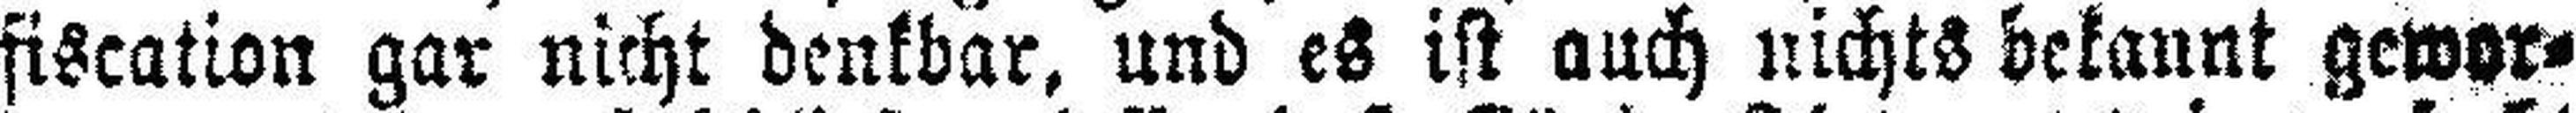
fiscation gar nicht denkbar, und es ist auch nichts bekannt gewor¬